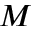
M